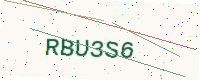
Text: RBU3S6